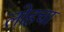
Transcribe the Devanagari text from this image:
लोहचा